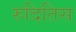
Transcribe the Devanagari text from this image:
रुदितिस